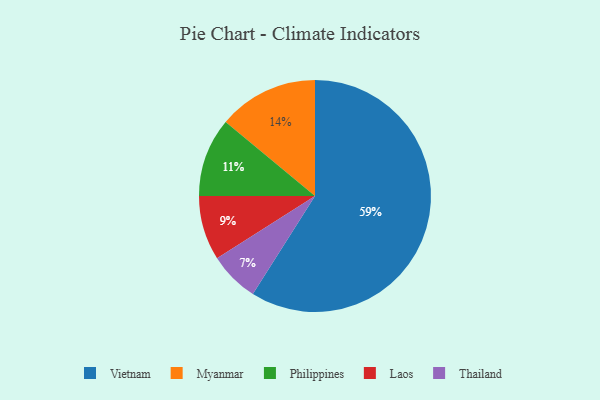
{"axis": {"x": "Category", "y": "Percentage"}, "legend": ["Laos", "Myanmar", "Philippines", "Thailand", "Vietnam"], "data": [{"x": "Philippines", "y": 11, "type": "Philippines"}, {"x": "Laos", "y": 9, "type": "Laos"}, {"x": "Vietnam", "y": 59, "type": "Vietnam"}, {"x": "Myanmar", "y": 14, "type": "Myanmar"}, {"x": "Thailand", "y": 7, "type": "Thailand"}]}